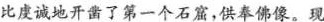
比虔诚地开凿了第一个石窟，供奉佛像。现